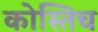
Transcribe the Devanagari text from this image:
कोस्तिच